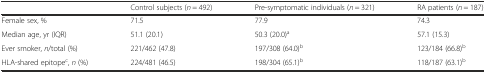
<table><thead><tr><td></td><td><b>Control subjects (<i>n</i> = 492)</b></td><td><b>Pre-symptomatic individuals (<i>n</i> = 321)</b></td><td><b>RA patients (<i>n</i> = 187)</b></td></tr></thead><tbody><tr><td>Female sex, %</td><td>71.5</td><td>77.9</td><td>74.3</td></tr><tr><td>Median age, yr (IQR)</td><td>51.1 (20.1)</td><td>50.3 (20.0)<sup>a</sup></td><td>57.1 (15.3)</td></tr><tr><td>Ever smoker, <i>n</i>/total (%)</td><td>221/462 (47.8)</td><td>197/308 (64.0)<sup>b</sup></td><td>123/184 (66.8)<sup>b</sup></td></tr><tr><td>HLA-shared epitope<sup>c</sup>, <i>n</i> (%)</td><td>224/481 (46.5)</td><td>198/304 (65.1)<sup>b</sup></td><td>118/187 (63.1)<sup>b</sup></td></tr></tbody></table>